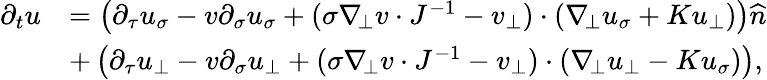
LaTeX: \begin{array}{rl}{\partial_{t}u}&{=\left(\partial_{\tau}u_{\sigma}-v\partial_{\sigma}u_{\sigma}+(\sigma\nabla_{\! \bot}v\cdot J^{-1}-v_{\bot})\cdot(\nabla_{\! \bot}u_{\sigma}+Ku_{\bot})\right)\widehat{n}}\\ &{+\left(\partial_{\tau}u_{\bot}-v\partial_{\sigma}u_{\bot}+(\sigma\nabla_{\! \bot}v\cdot J^{-1}-v_{\bot})\cdot(\nabla_{\! \bot}u_{\bot}-Ku_{\sigma})\right),}\end{array}